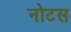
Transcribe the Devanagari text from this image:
नोटस